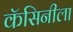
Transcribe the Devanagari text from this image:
कॅसिनीला